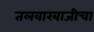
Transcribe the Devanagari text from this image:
तलवारबाजीचा